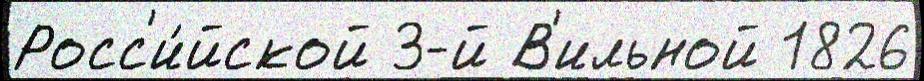
Росс'и́йской 3-й В'ильной 1826